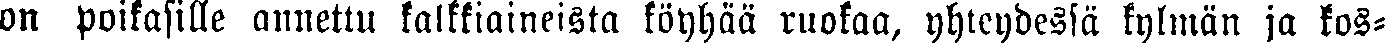
on poikasille annettu kalkkiaineista köyhää ruokaa, yhteydessä kylmän ja kos-